Report of the Municipal Commissioner on the plague in Bombay for the year ending 31st May... - Volume 1
Disease focus: Plague
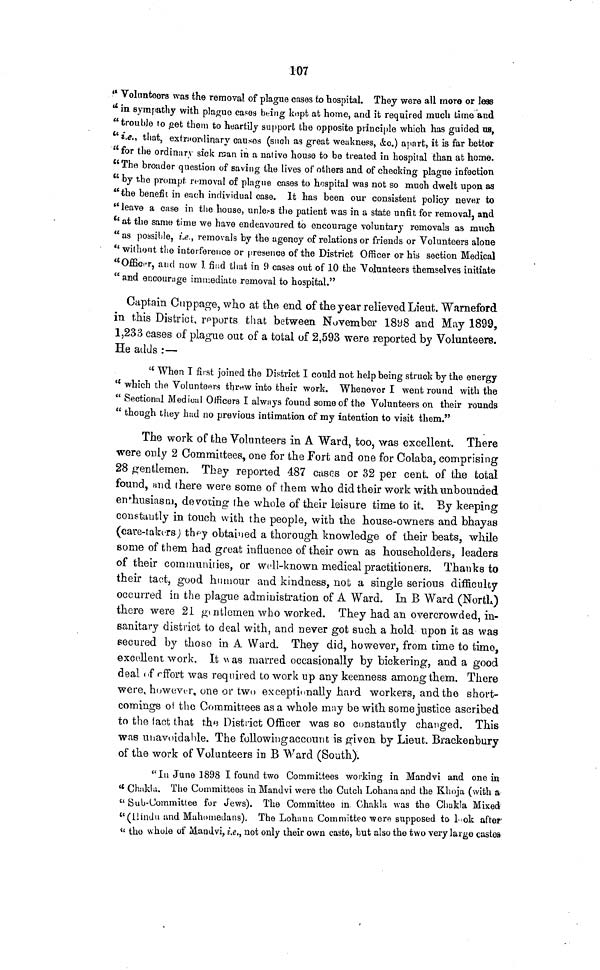
107
" Volunteers was the removal of plague cases to hospital. They were all more or less
" in sympathy with plague cases being kept at home, and it required much time and
"trouble to get them to heartily support the opposite principle which has guided us,
"i.e., that, extraordinary causes (such as great weakness, &c.) apart, it is far better
"for the ordinary sick man in a native house to be treated in hospital than at home.
"The broader question of saving the lives of others and of checking plague infection
" by the prompt removal of plague cases to hospital was not so much dwelt upon as
"the benefit in each individual case. It has been our consistent policy never to
"leave a case in the house, unless the patient was in a state unfit for removal, and
" at the same time we have endeavoured to encourage voluntary removals as much
" as possible, i.e., removals by the agency of relations or friends or Volunteers alone
" without the interference or presence of the District Officer or his section Medical
"Officer, and now I find that in 9 cases out of 10 the Volunteers themselves initiate
" and encourage immediate removal to hospital."
Captain Cuppage, who at the end of the year relieved Lieut. Warneford
in this District, reports that between November 1898 and May 1899,
1,233 cases of plague out of a total of 2,593 were reported by Volunteers.
He adds :—
" When I first joined the District I could not help being struck by the energy
" which the Volunteers threw into their work. Whenever I went round with the
" Sectional Medical Officers I always found some of the Volunteers on their rounds
" though they had no previous intimation of my intention to visit them."
The work of the Volunteers in A Ward, too, was excellent. There
were only 2 Committees, one for the Fort and one for Colaba, comprising
28 gentlemen. They reported 487 cases or 32 per cent, of the total
found, and there were some of them who did their work with unbounded
enthusiasm, devoting the whole of their leisure time to it. By keeping
constantly in touch with the people, with the house-owners and bhayas
(care-takers) they obtained a thorough knowledge of their beats, while
some of them had great influence of their own as householders, leaders
of their communities, or well-known medical practitioners. Thanks to
their tact, good humour and kindness, not a single serious difficulty
occurred in the plague administration of A Ward. In B Ward (North)
there were 21 gentlemen who worked. They had an overcrowded, in-
sanitary district to deal with, and never got such a hold upon it as was
secured by those in A Ward. They did, however, from time to time,
excellent work. It was marred occasionally by bickering, and a good
deal of effort was required to work up any keenness among them. There
were, however, one or two exceptionally hard workers, and the short-
comings of the Committees as a whole may be with some justice ascribed
to the fact that the District Officer was so constantly changed. This
was unavoidable. The following account is given by Lieut. Brackenbury
of the work of Volunteers in B Ward (South).
"In June 1898 I found two Committees working in Mandvi and one in
" Chakla. The Committees in Mandvi were the Cutch Lohana and the Khoja (with a
" Sub-Committee for Jews). The Committee in Chakla was the Chakla Mixed
" (Hindu and Mahomedans). The Lohana Committee were supposed to look after
"the whole of Mandvi, i.e., not only their own caste, but also the two very large castes